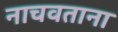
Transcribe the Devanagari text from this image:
नाचवताना